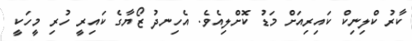
ކާރު ކްލިނިކް ކައިރިއަށް މަޑު ކޮށްލިއެވެ. އެހިނދު ޒޯޔާގެ ކައިރީ ހުރި މީހަކީ